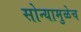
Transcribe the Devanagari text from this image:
सोन्यामुळेच